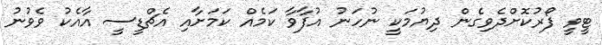
ޓީވީ ފޯރުކޮށްދެވިގެން ދިޔުމަކީ ނުހަނު އުފާވާ ކަމެއް ކަމަށާއި އެޗްޑީސީ އާއެކު ވެވުނު